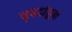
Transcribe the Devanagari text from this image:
धृपदांहून